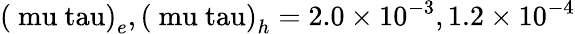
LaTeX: \left(\mathrm{\ mu\ tau}\right)_{e},\left(\mathrm{\ mu\ tau}\right)_{h}=2.0\times 10^{-3},1.2\times 10^{-4}